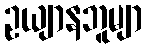
ဥယျာနဘူမျာ